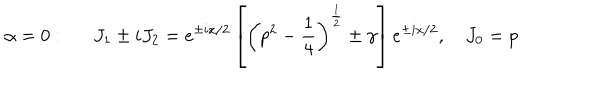
\alpha = 0 : \quad \, \, \, J _ { 1 } \pm i J _ { 2 } = e ^ { \pm i x / 2 } \left[ \left( p ^ { 2 } - \frac 1 4 \right) ^ { \frac 1 2 } \pm \gamma \right] e ^ { \pm i x / 2 } , \quad J _ { 0 } = p